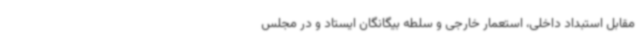
مقابل استبداد داخلی، استعمار خارجی و سلطه بیگانگان ایستاد و در مجلس